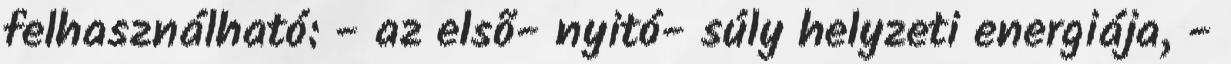
felhasználható: - az elsõ- nyitó- súly helyzeti energiája, -